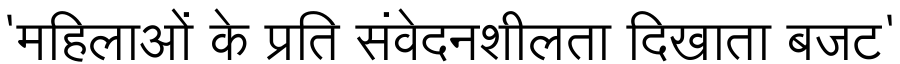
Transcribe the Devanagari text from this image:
'महिलाओं के प्रति संवेदनशीलता दिखाता बजट'